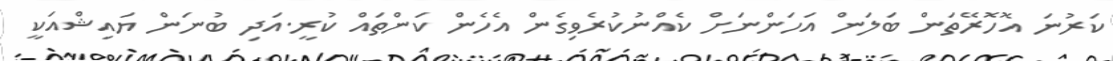
ކަރުނަ އޮހޮރޭތަން ބަލަން އަހަންނަށް ކެއްނުކުރެވިގެން އެހެން ކަންތައް ކުރީ.އަދި ބުނަން ޔައިޝްއަކީ